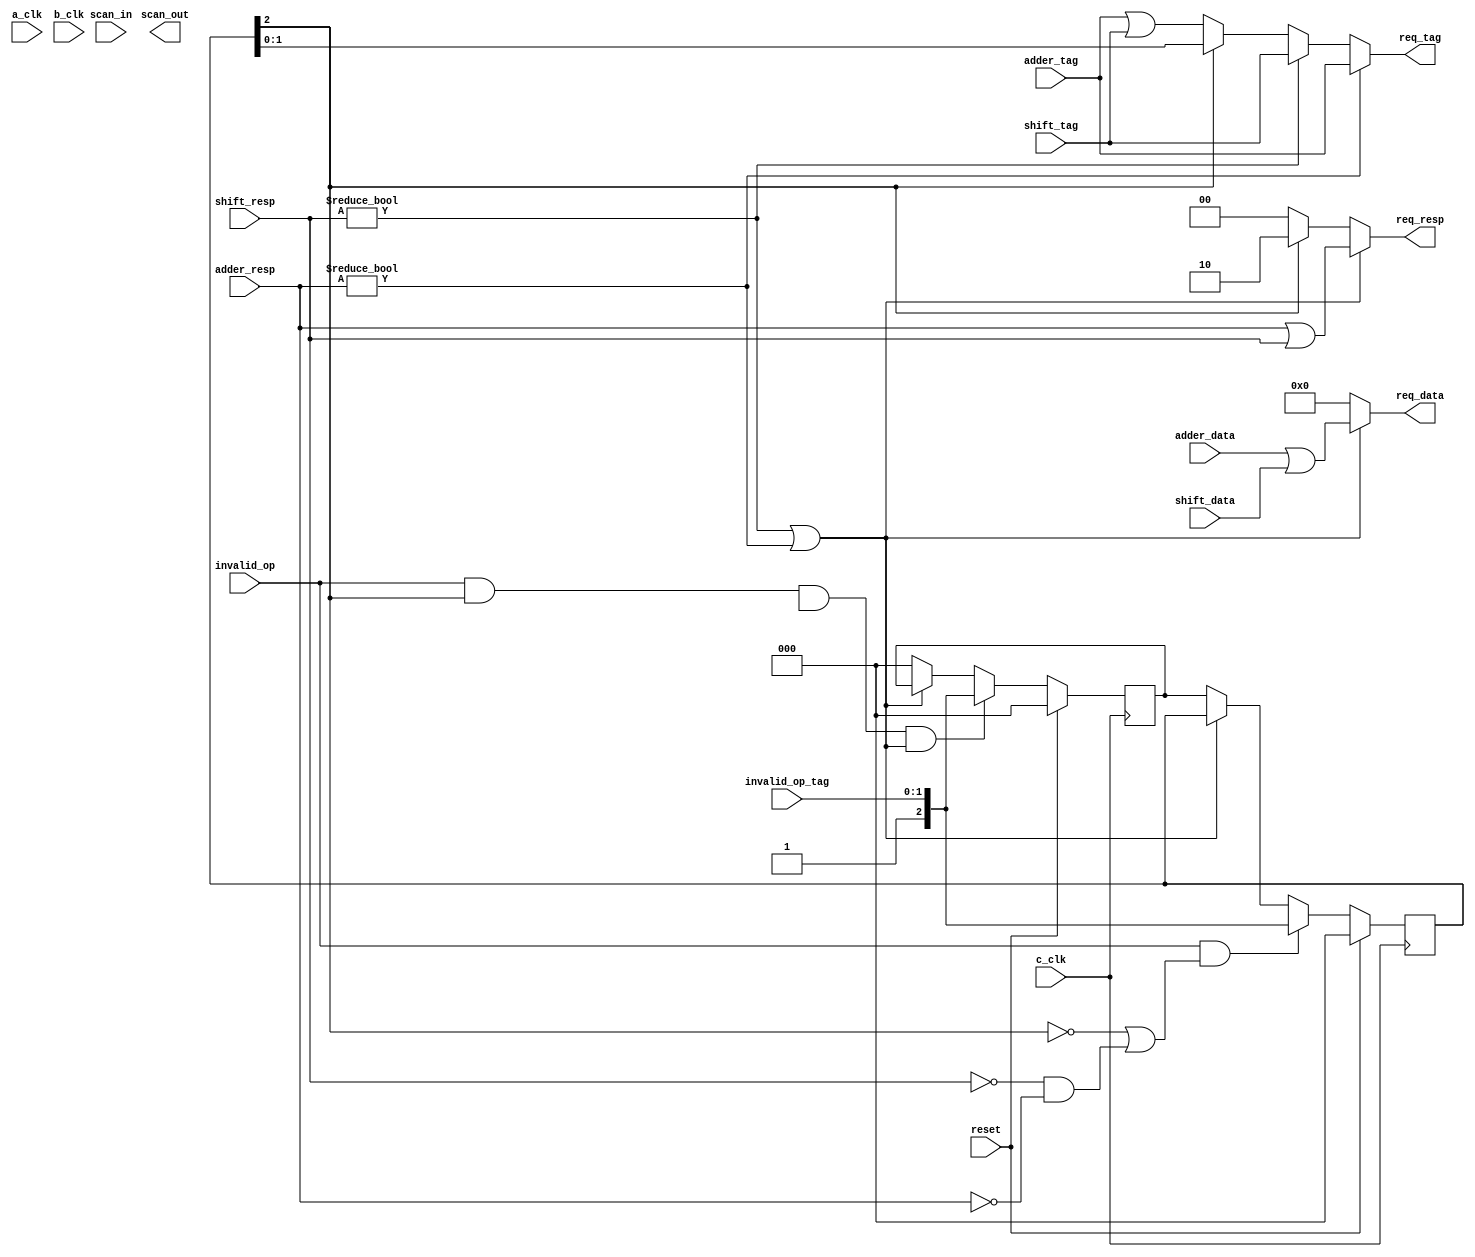
// Library: calc2
// Module: mux_out


module mux_out(req_data, req_resp, req_tag, adder_data, adder_resp, adder_tag, shift_data, shift_resp, shift_tag, invalid_op, invalid_op_tag, reset, scan_in, a_clk, b_clk, c_clk, scan_out);

   output [0:31] req_data;
   output [0:1]  req_resp;
   output [0:1]  req_tag;
   output 	 scan_out;
      
   input [0:31]  adder_data, shift_data;
   input [0:1] 	 adder_resp, adder_tag, shift_resp, shift_tag, invalid_op_tag;
   input 	 invalid_op, reset, scan_in, a_clk, b_clk, c_clk;

   reg [0:2] 	 inv_op1_tag, inv_op2_tag;
   reg 		 inv_tag;
   
   
   always @ 
     (negedge c_clk) begin
	// inv_opx_tag definition: bit 0 is "valid bit", Bit 1 to 2 is tag
	inv_op1_tag[0:2] <=
		      (reset) ? 3'b0:
		      (invalid_op && (~inv_op1_tag[0] || ((shift_resp == 'b00) && adder_resp == 'b00))) ? { 1'b1 , invalid_op_tag[0:1] } :
		      ((shift_resp != 'b00) || (adder_resp != 'b00)) ? inv_op1_tag[0:2] :
		      inv_op2_tag[0:2];

	inv_op2_tag <= 
		       (reset) ? 3'b0 :
		       (invalid_op && inv_op1_tag[0] && inv_tag && ((shift_resp != 'b00) || (adder_resp != 'b00))) ? { 1'b1, invalid_op_tag[0:1] } :
		       ((shift_resp != 'b00) || (adder_resp != 'b00)) ? inv_op2_tag[0:2] :
		       3'b0;
	
     end
   
   assign req_resp[0:1] = ((adder_resp != 'b00) || (shift_resp != 'b00)) ? adder_resp[0:1] | shift_resp[0:1] :
		     (inv_op1_tag[0]) ? 'b10 :
		     'b00;
   
   assign req_data = 
	  ((adder_resp != 'b00) || (shift_resp != 'b00)) ? (adder_data | shift_data)  :
	  32'b0;

   assign req_tag =
	  (adder_resp != 'b00) ? adder_tag :
	  (shift_resp != 'b00) ? shift_tag :
	  (inv_op1_tag[0]) ? inv_op1_tag [1:2] :
	  adder_tag | shift_tag;

endmodule // mux_out